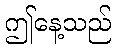
ဤနေ့သည်